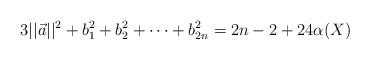
LaTeX: \begin{align*}3||\vec a||^2+b_1^2+b_2^2+\cdots +b_{2n}^2=2n-2+24\alpha(X)\end{align*}